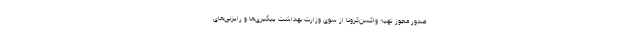
صدور مجوز تهیه واکسن‌کرونا از سوی وزارت بهداشت پیگیری‌ها و رایزنی‌های